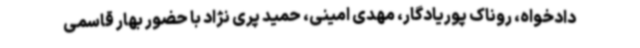
دادخواه، روناک پوریادگار، مهدی امینی، حمید پری نژاد با حضور بهار قاسمی